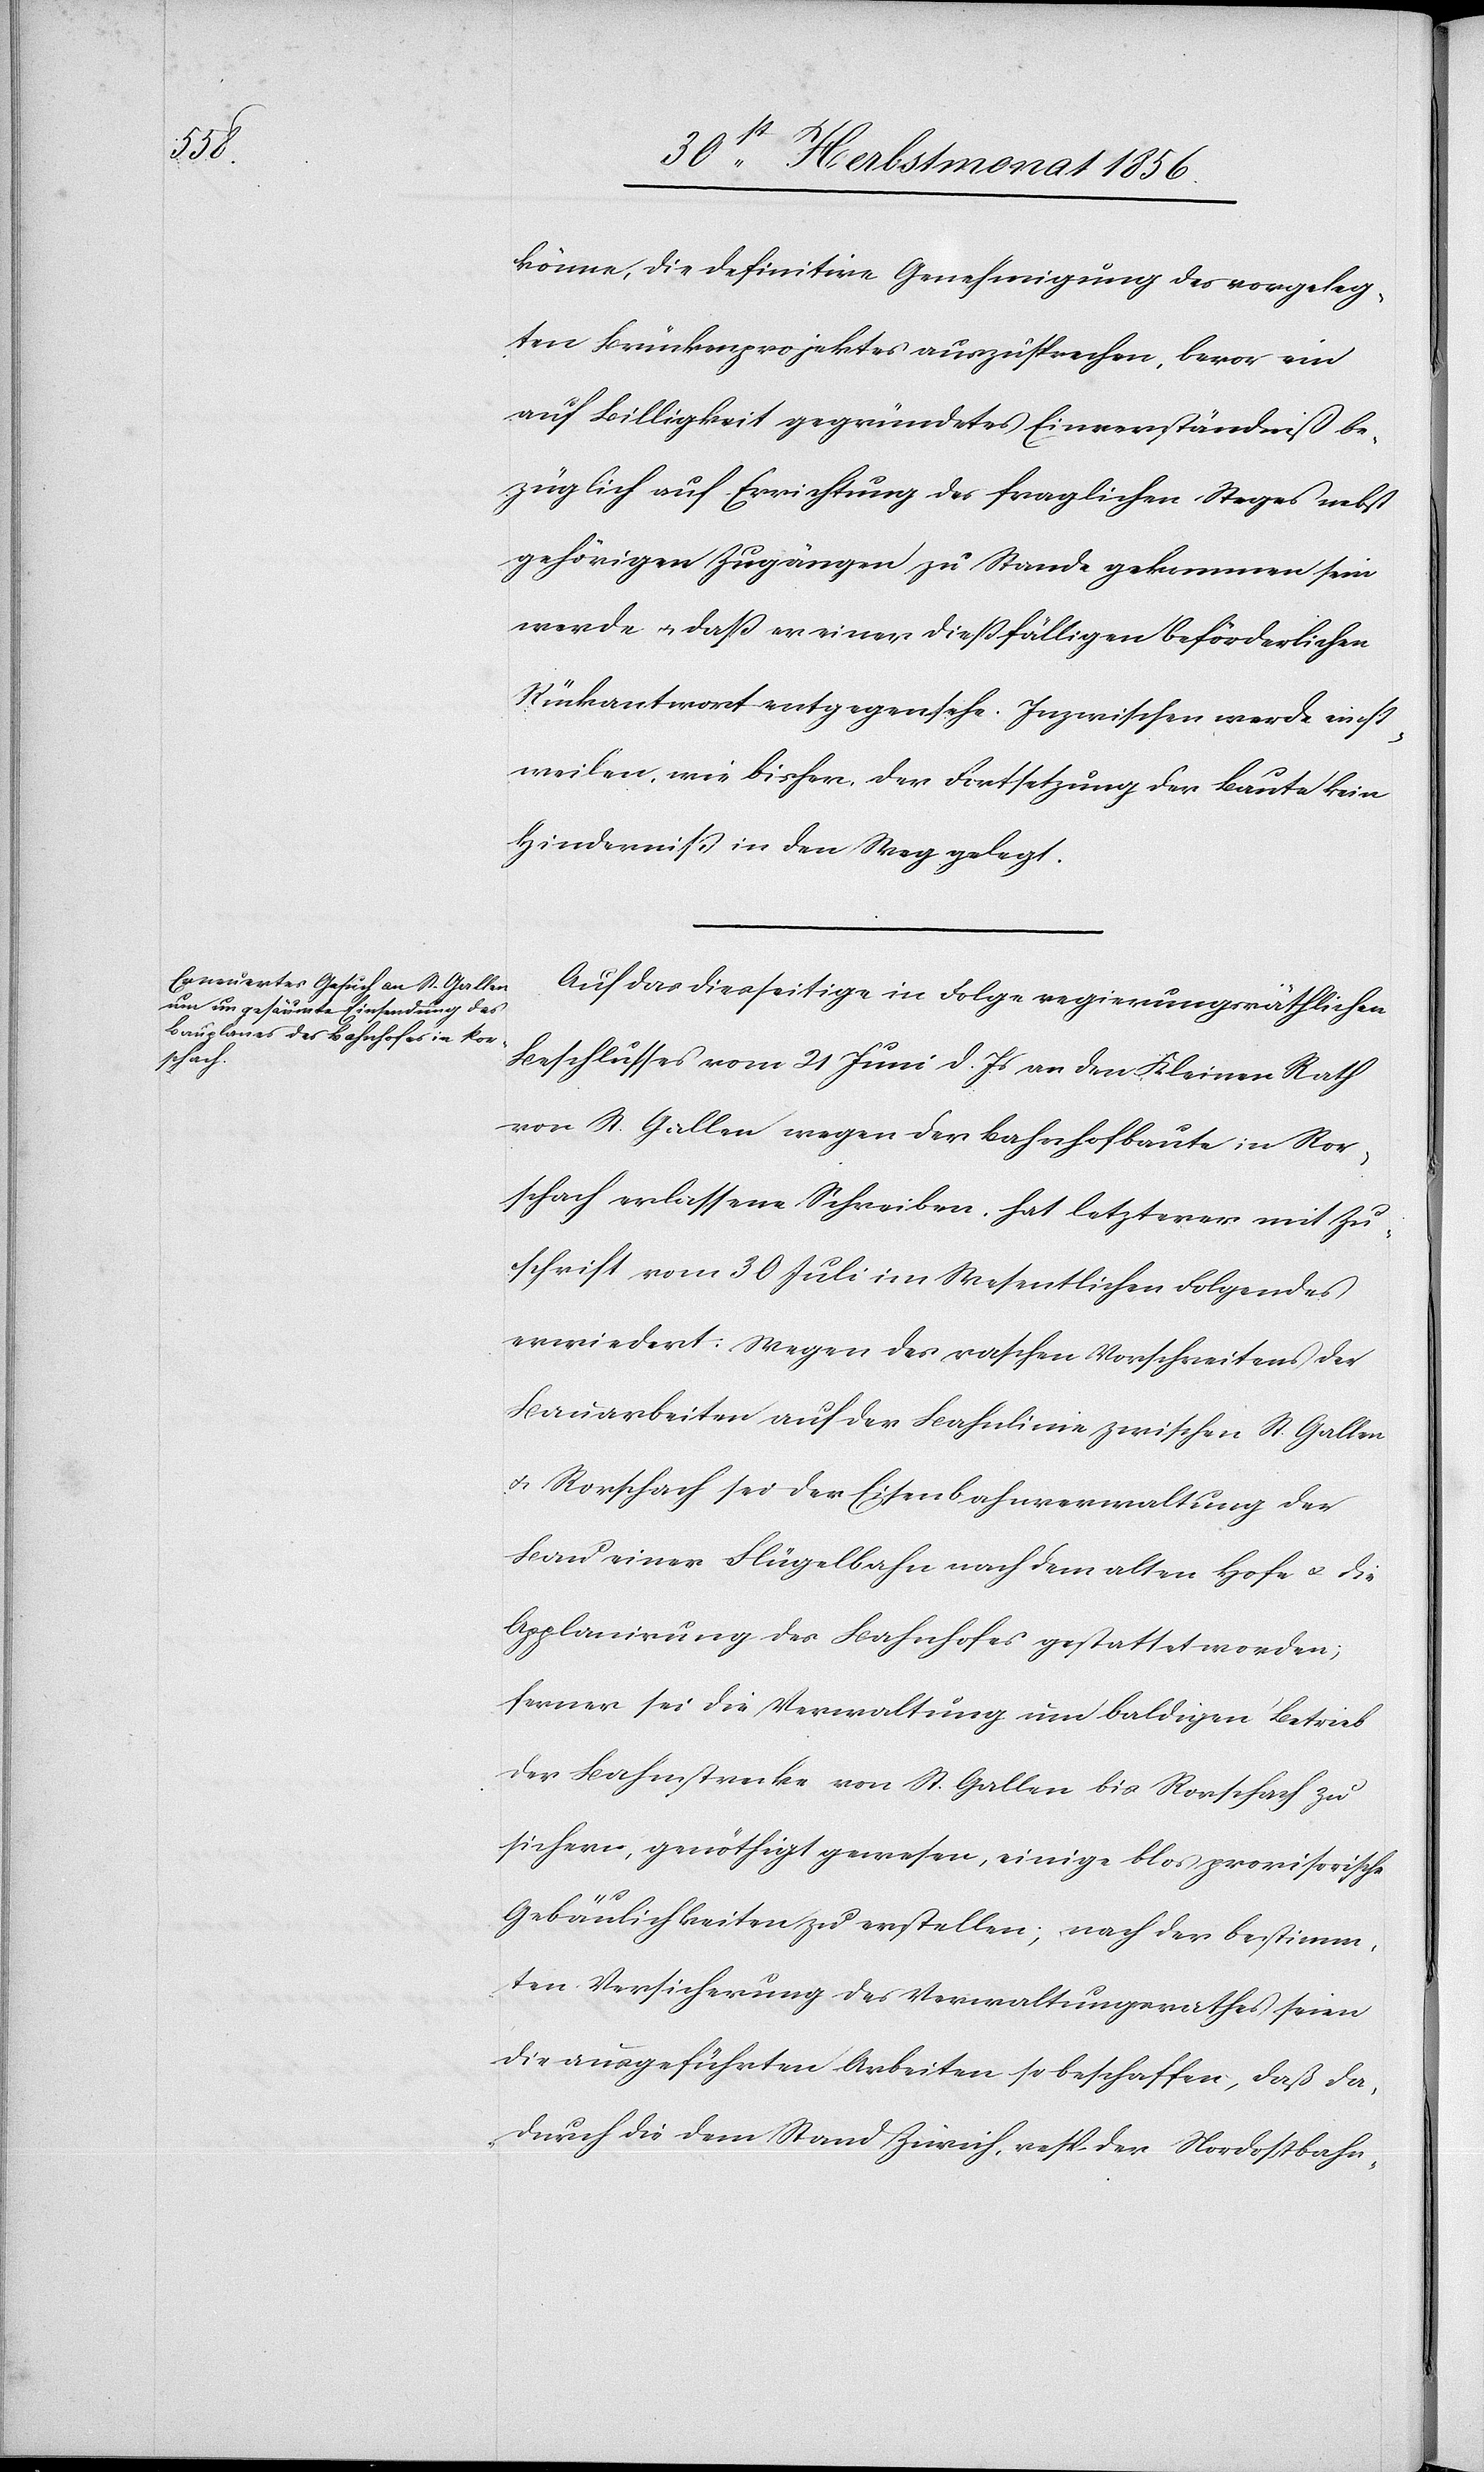
könne, die definitive Genehmigung des vorgeleg¬
ten Brückenprojektes auszusprechen, bevor ein
auf Billigkeit gegründetes Einverständniß be¬
züglich auf Errichtung des fraglichen Steges nebst
gehörigen Zugängen zu Stande gekommen sein
werde u. dass er einer diessfälligen beförderlichen
Rückantwort entgegensehe. Inzwischen werde einst¬
weilen, wie bisher, der Fortsetzung der Baute kein
Hinderniss in den Weg gelegt.
Auf das diesseitige in Folge regierungsräthlichen
Beschlusses vom 21 Juni d. Js an den Kleinen Rath
von St. Gallen wegen der Bahnhofbaute in Ror¬
schach erlassene Schreiben, hat letzterer mit Zu¬
schrift vom 30 Juli im Wesentlichen Folgendes
erwiedert: Wegen des raschen Vorschreitens der
Bauarbeiten auf der Bahnlinie zwischen St. Gallen
u. Rorschach sei der Eisenbahnverwaltung der
Bau einer Flügelbahn nach dem alten Hofe u. die
Applanirung des Bahnhofes gestattet worden;
ferner sei die Verwaltung um baldigen Betrieb
der Bahnstrecke von St. Gallen bis Rorschach zu
sichern, genöthigt gewesen, einige blos provisorische
Gebäulichkeiten zu erstellen; nach der bestimm¬
ten Versicherung des Verwaltungsrathes seien
die ausgeführten Arbeiten so beschaffen, daß da¬
durch die dem Stand Zürich, resp. der Nordostbahn,